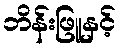
ဘိန်းဖြူနှင့်